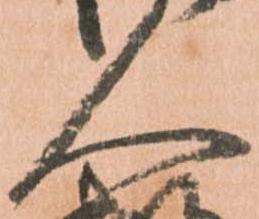
人